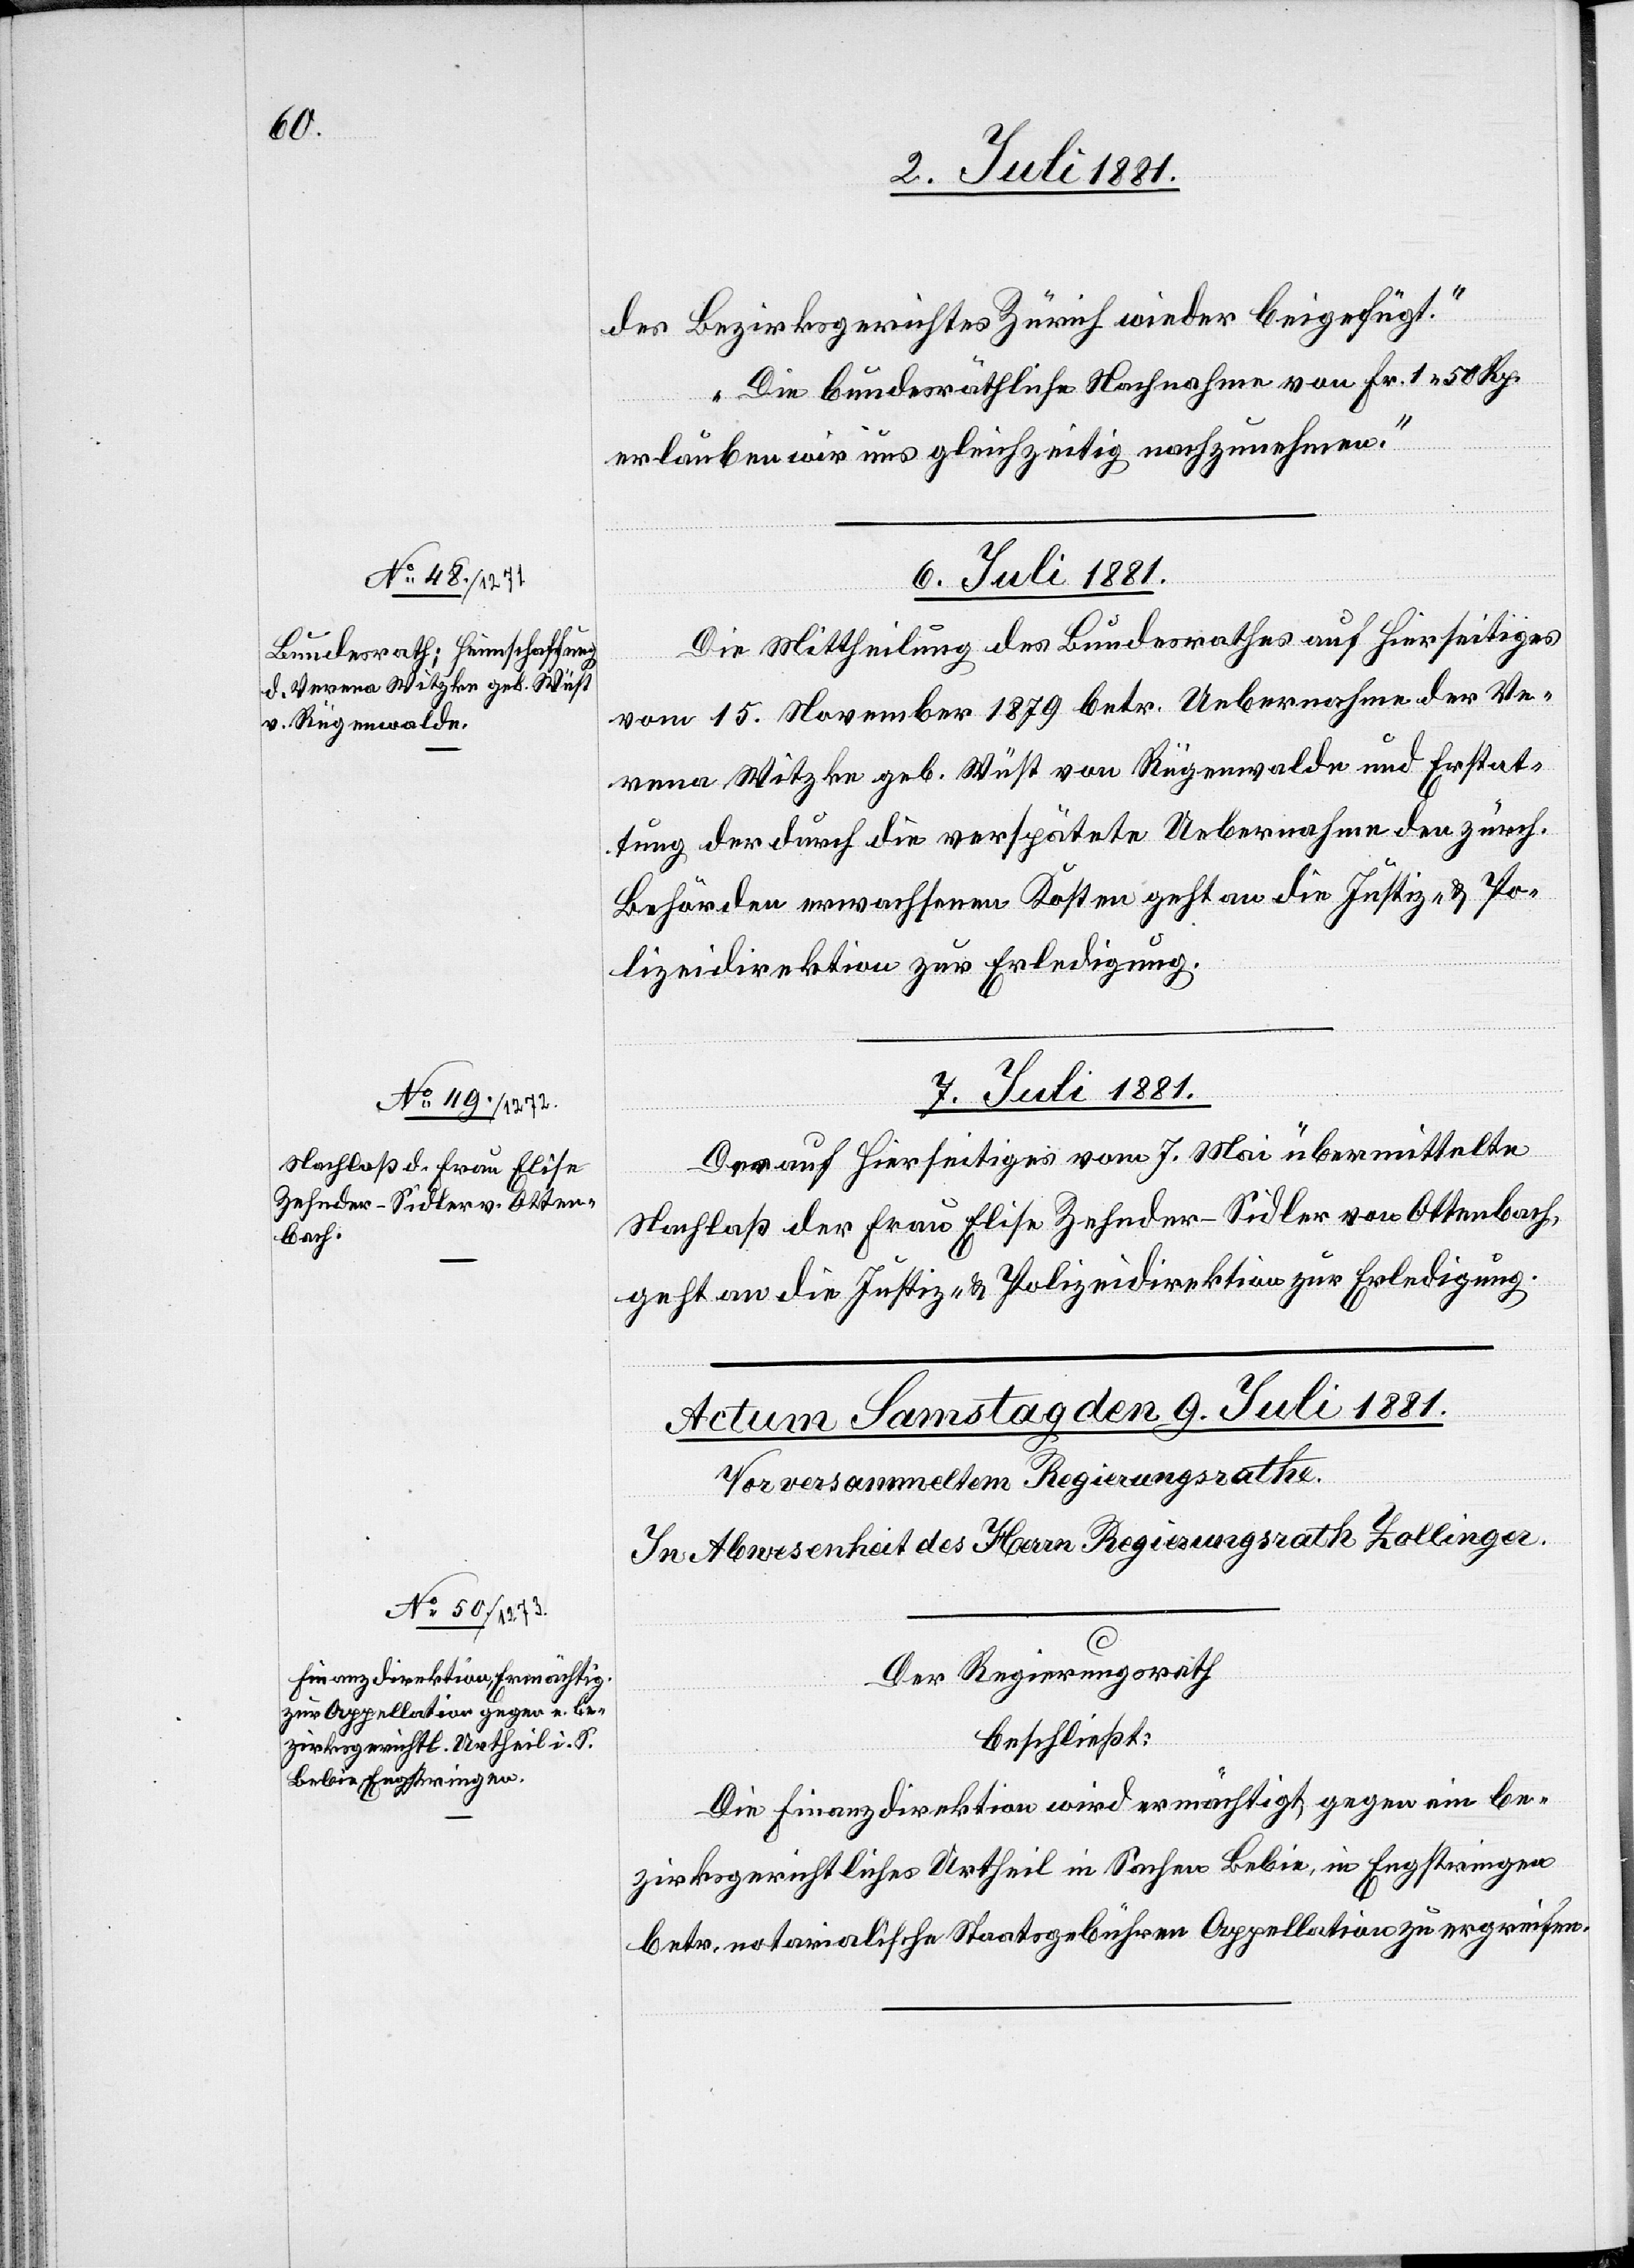
des Bezirksgerichtes Zürich wieder beigefügt.
Die bundesräthliche Nachnahme von Fr. 1 58 Rp.
erlauben wir uns gleichzeitig nachzunehmen.“
6. Juli 1881.
Die Mittheilung des Bundesrathes auf hierseitiges
vom 15. November 1879 betr. Uebernahme der Ve¬
rena Witzke geb. Wüst von Rügenwalde und Erstat¬
tung der durch die verspätete Uebernahme den zürch.
Behörden erwachsenen Kosten geht an die Justiz- & Po¬
lizeidirektion zur Erledigung.
7. Juli 1881.
Der auf Hierseitiges vom 7. Mai übermittelte
Nachlaß der Frau Elise Zehnder-Sidler von Ottenbach,
geht an die Justiz- & Polizeidirektion zur Erledigung.
Der Regierungsrath
beschließt:
Die Finanzdirektion wird ermächtigt, gegen ein be¬
zirksgerichtliches Urtheil in Sachen Bebie, in Engstringen
betr. notarialische Staatsgebühren Appellation zu ergreifen.